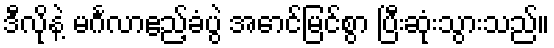
ဒီလိုနဲ့ မင်္ဂလာဧည့်ခံပွဲ အောင်မြင်စွာ ပြီးဆုံးသွားသည်။